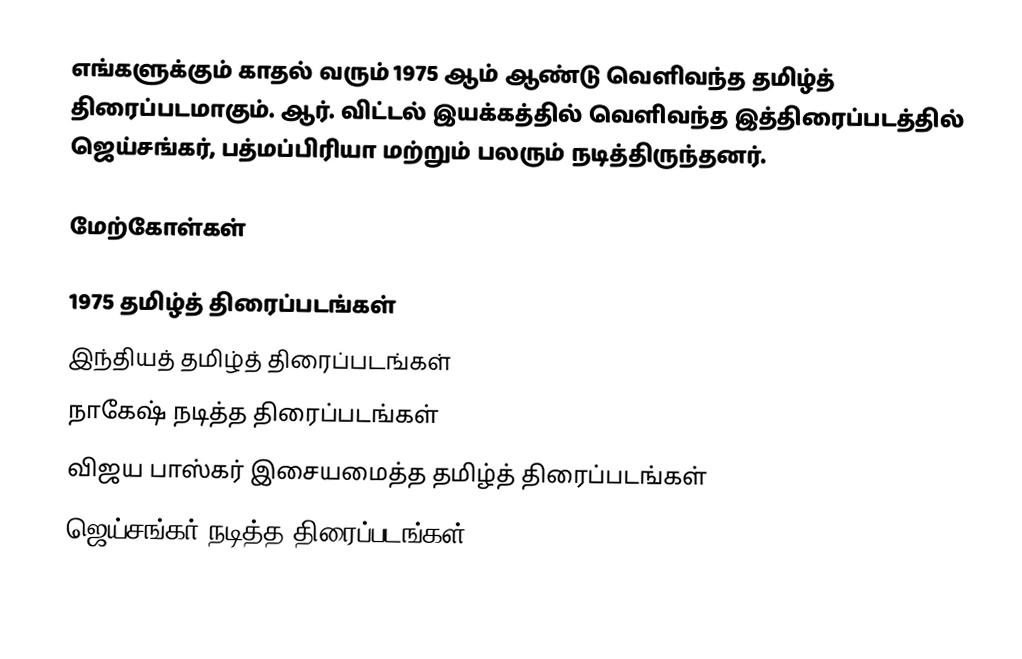
எங்களுக்கும் காதல் வரும் 1975 ஆம் ஆண்டு வெளிவந்த தமிழ்த் திரைப்படமாகும். ஆர். விட்டல் இயக்கத்தில் வெளிவந்த இத்திரைப்படத்தில் ஜெய்சங்கர், பத்மப்பிரியா மற்றும் பலரும் நடித்திருந்தனர்.

மேற்கோள்கள்

1975 தமிழ்த் திரைப்படங்கள்
இந்தியத் தமிழ்த் திரைப்படங்கள்
நாகேஷ் நடித்த திரைப்படங்கள்
விஜய பாஸ்கர் இசையமைத்த தமிழ்த் திரைப்படங்கள்
ஜெய்சங்கர் நடித்த திரைப்படங்கள்